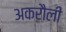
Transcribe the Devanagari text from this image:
अकरौली